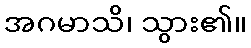
အဂမာသိ၊ သွား၏။